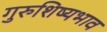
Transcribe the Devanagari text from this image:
गुरुशिष्यभाव